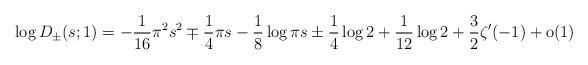
LaTeX: \begin{align*}\log D_\pm(s;1)=-\frac{1}{16} \pi^2 s^2\mp \frac{1}{4} \pi s-\frac{1}{8}\log\pi s \pm \frac{1}{4}\log 2 +\frac{1}{12}\log 2 +\frac{3}{2}\zeta^\prime(-1) + \mbox{o}(1)\end{align*}